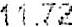
11.72